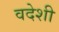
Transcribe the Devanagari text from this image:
वदेशी